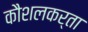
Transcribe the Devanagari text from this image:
कौशलकर्ता